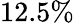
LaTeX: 12.5\%